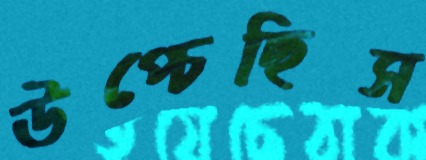
উপ্‌চেছিস